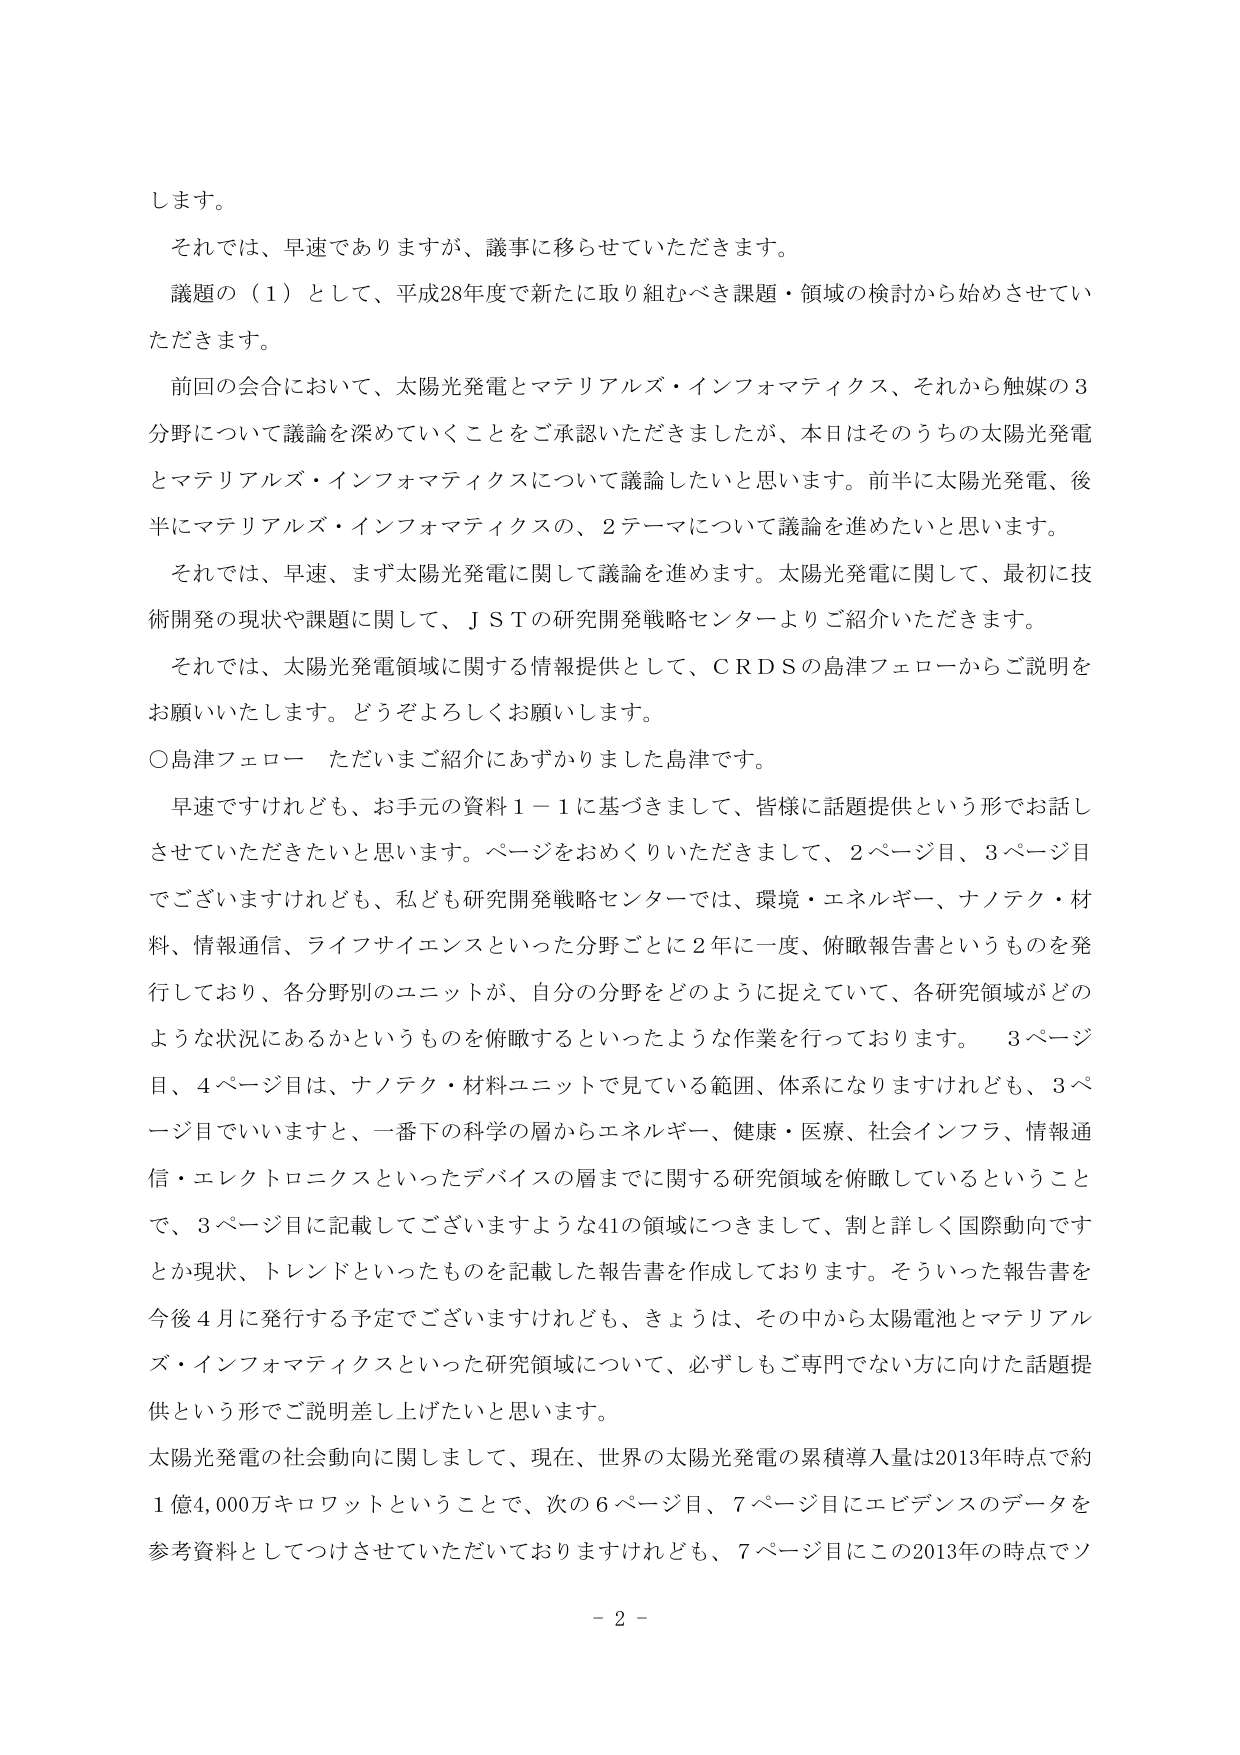
します。

それでは、早速でありますが、議事に移らせていただきます。

議題の（1）として、平成28年度で新たに取り組むべき課題・領域の検討から始めさせていただきます。

前回の会合において、太陽光発電とマテリアルズ・インフォマティクス、それから触媒の3分野について議論を深めていくことをご承認いただきましたが、本日はそのうちの太陽光発電とマテリアルズ・インフォマティクスについて議論したいと思います。前半に太陽光発電、後半にマテリアルズ・インフォマティクスの、2テーマについて議論を進めたいと思います。

それでは、早速、まず太陽光発電に関して議論を進めます。太陽光発電に関して、最初に技術開発の現状や課題に関して、ＪＳＴの研究開発戦略センターよりご紹介いただきます。

それでは、太陽光発電領域に関する情報提供として、ＣＲＤＳの島津フェローからご説明をお願いいたします。どうぞよろしくお願いします。

○島津フェロー ただいまご紹介にあずかりました島津です。

早速ですけれども、お手元の資料１－１に基づきまして、皆様に話題提供という形でお話しさせていただきたいと思います。ページをおめくりいただきまして、2ページ目、3ページ目でございますけれども、私ども研究開発戦略センターでは、環境・エネルギー、ナノテク・材料、情報通信、ライフサイエンスといった分野ごとに2年に一度、俯瞰報告書というものを発行しており、各分野別のユニットが、自分の分野をどのように捉えていて、各研究領域がどのような状況にあるかというものを俯瞰するといったような作業を行っております。 3ページ目、4ページ目は、ナノテク・材料ユニットで見ている範囲、体系になりますけれども、3ページ目でいいますと、一番下の科学の層からエネルギー、健康・医療、社会インフラ、情報通信・エレクトロニクスといったデバイスの層までに関する研究領域を俯瞰しているということで、3ページ目に記載してございますような41の領域につきまして、割と詳しく国際動向ですとか現状、トレンドといったものを記載した報告書を作成しております。そういった報告書を今後4月に発行する予定でございますけれども、きょうは、その中から太陽電池とマテリアルズ・インフォマティクスといった研究領域について、必ずしもご専門でない方に向けた話題提供という形でご説明差し上げたいと思います。

太陽光発電の社会動向に関しまして、現在、世界の太陽光発電の累積導入量は2013年時点で約1億4,000万キロワットということで、次の6ページ目、7ページ目にエビデンスのデータを参考資料としてつけさせていただいておりますけれども、7ページ目にこの2013年の時点でソ

－ 2 －